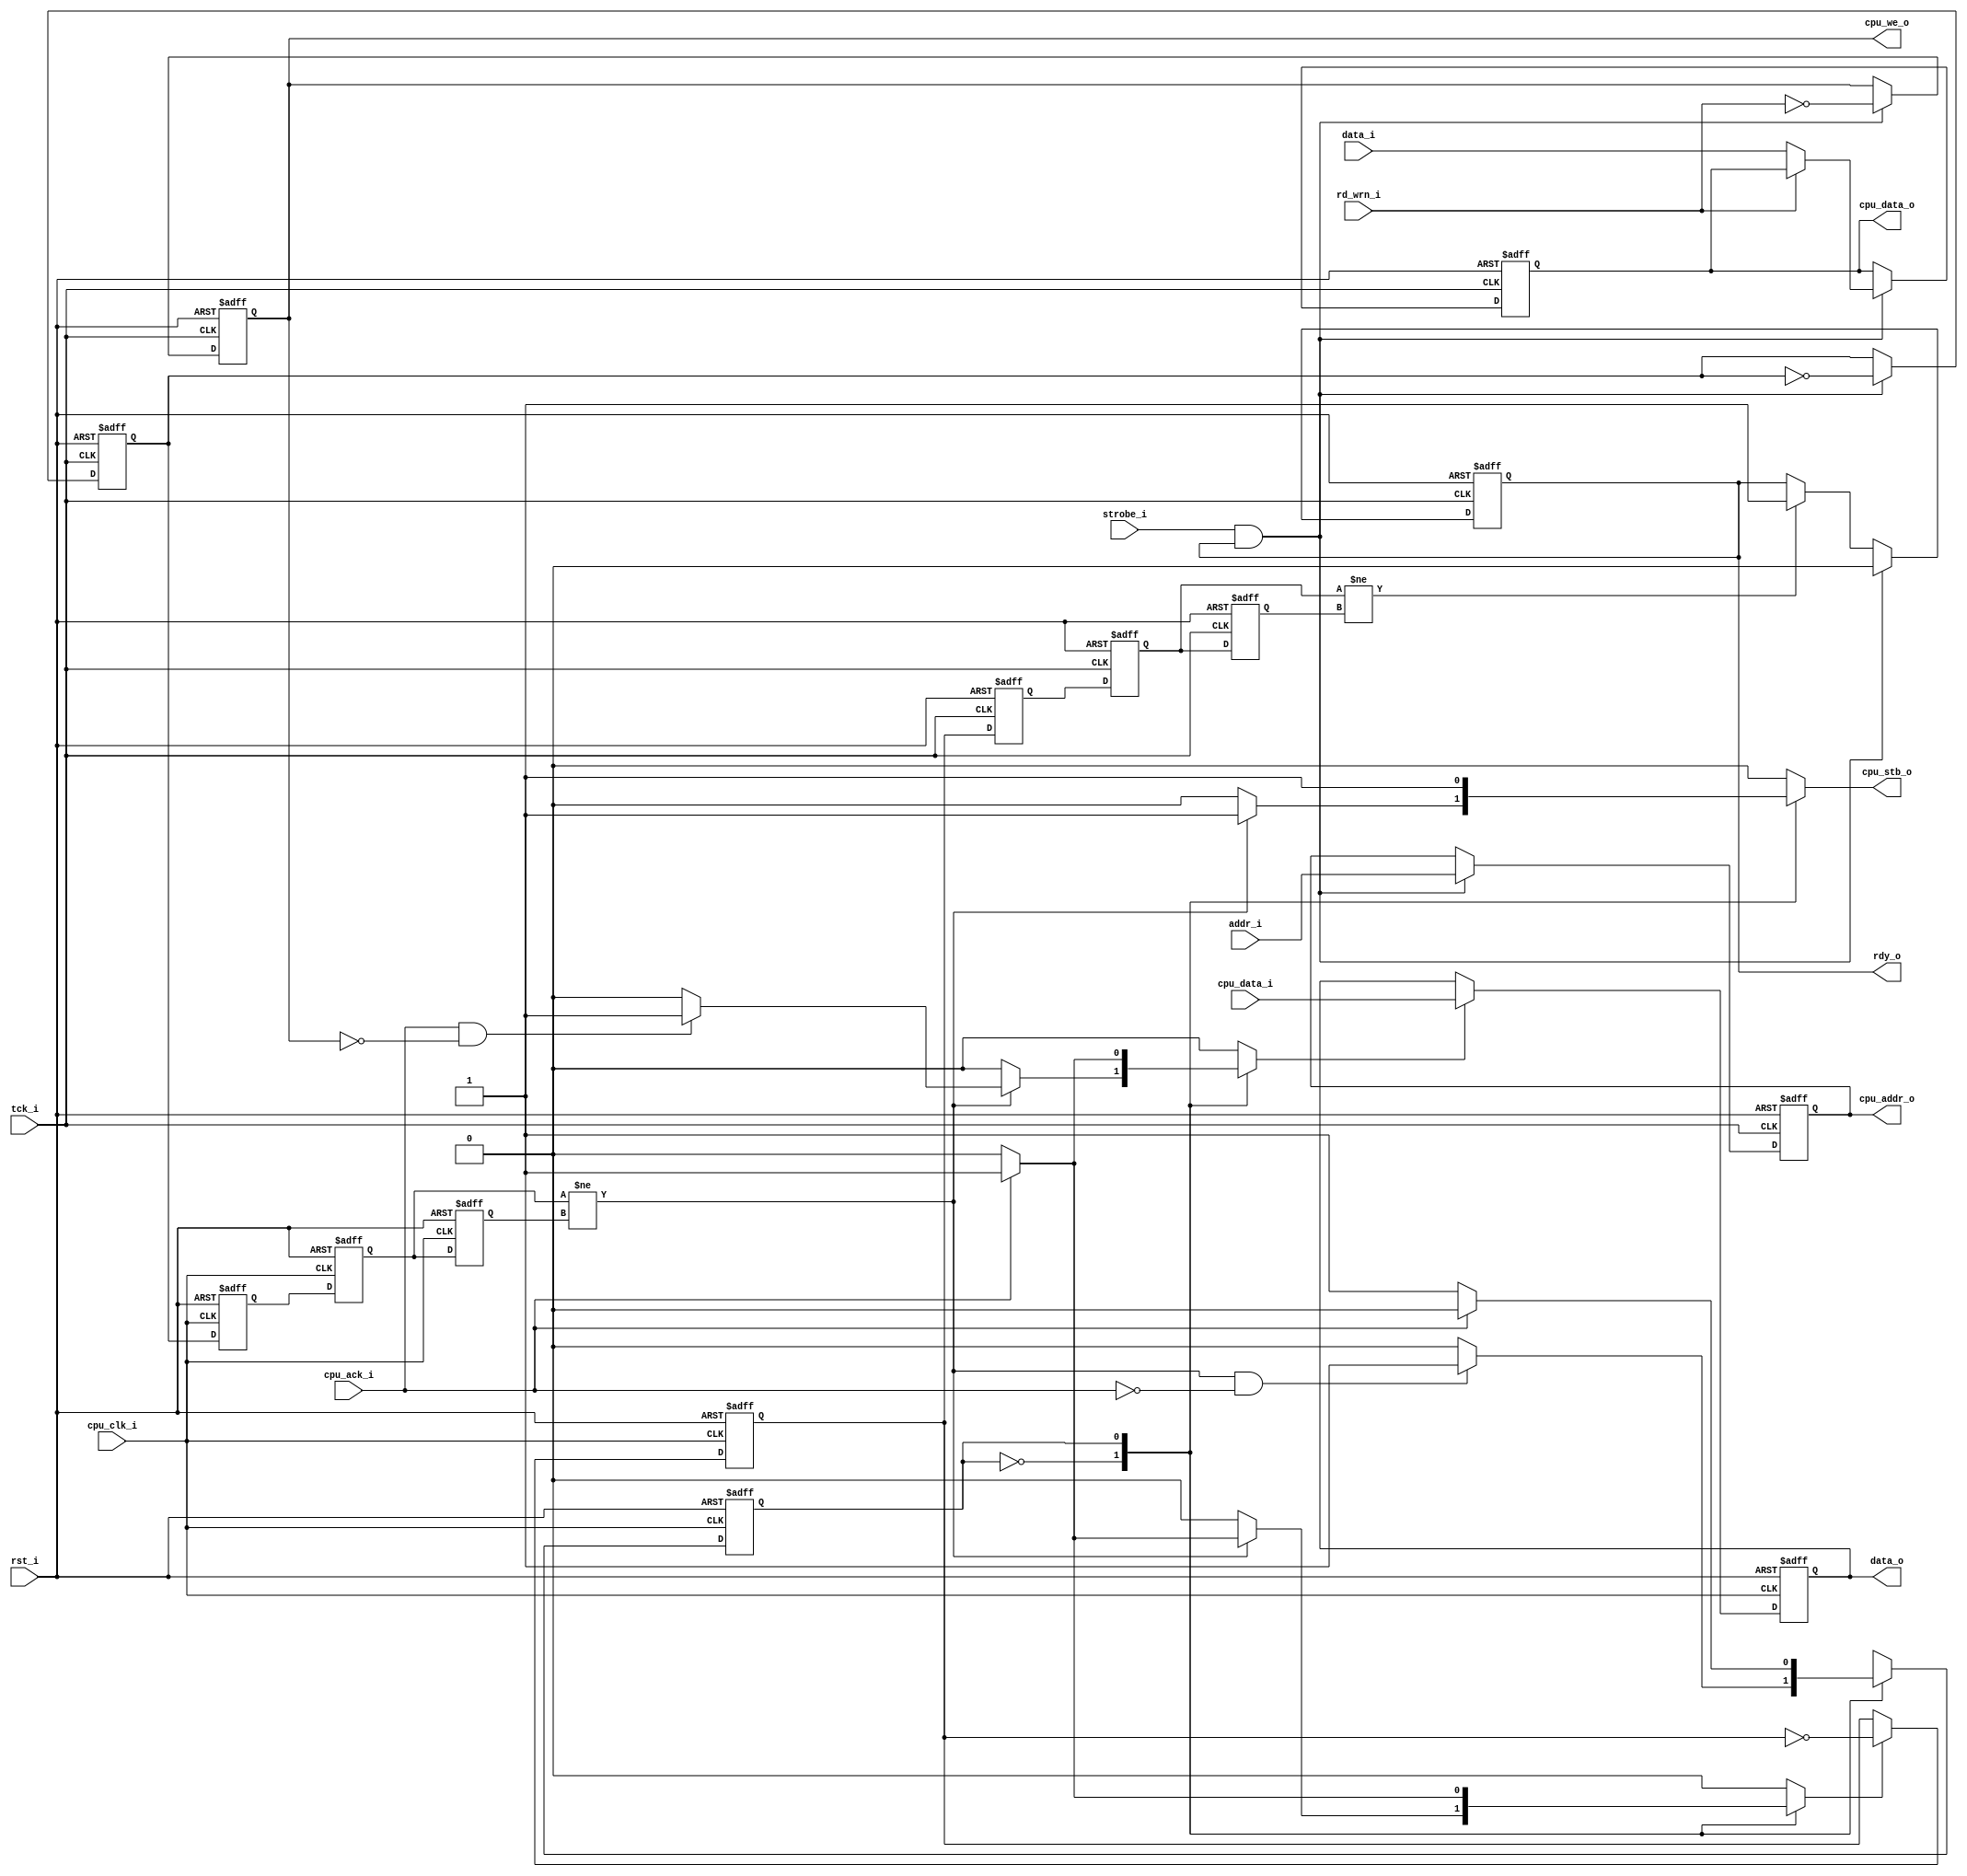
//////////////////////////////////////////////////////////////////////
////                                                              ////
////  adbg_or1k_biu.v                                             ////
////                                                              ////
////                                                              ////
////  This file is part of the SoC Advanced Debug Interface.      ////
////                                                              ////
////  Author(s):                                                  ////
////       Nathan Yawn (nathan.yawn@opencores.org)                ////
////                                                              ////
////                                                              ////
////                                                              ////
//////////////////////////////////////////////////////////////////////
////                                                              ////
//// Copyright (C) 2008 - 2010       Authors                      ////
////                                                              ////
//// This source file may be used and distributed without         ////
//// restriction provided that this copyright statement is not    ////
//// removed from the file and that any derivative work contains  ////
//// the original copyright notice and the associated disclaimer. ////
////                                                              ////
//// This source file is free software; you can redistribute it   ////
//// and/or modify it under the terms of the GNU Lesser General   ////
//// Public License as published by the Free Software Foundation; ////
//// either version 2.1 of the License, or (at your option) any   ////
//// later version.                                               ////
////                                                              ////
//// This source is distributed in the hope that it will be       ////
//// useful, but WITHOUT ANY WARRANTY; without even the implied   ////
//// warranty of MERCHANTABILITY or FITNESS FOR A PARTICULAR      ////
//// PURPOSE.  See the GNU Lesser General Public License for more ////
//// details.                                                     ////
////                                                              ////
//// You should have received a copy of the GNU Lesser General    ////
//// Public License along with this source; if not, download it   ////
//// from http://www.opencores.org/lgpl.shtml                     ////
////                                                              ////
//////////////////////////////////////////////////////////////////////
//
// CVS Revision History
//
// $Log: adbg_or1k_biu.v,v $
// Revision 1.3  2010-01-10 22:54:10  Nathan
// Update copyright dates
//
// Revision 1.2  2009/05/17 20:54:56  Nathan
// Changed email address to opencores.org
//
// Revision 1.1  2008/07/22 20:28:30  Nathan
// Changed names of all files and modules (prefixed an a, for advanced).  Cleanup, indenting.  No functional changes.
//
// Revision 1.5  2008/07/08 19:04:03  Nathan
// Many small changes to eliminate compiler warnings, no functional 
// changes.  System will now pass SRAM and CPU self-tests on Altera 
// FPGA using altera_virtual_jtag TAP.
//



module adbg_or1k_biu
  (
   // Debug interface signals
   tck_i,
   rst_i,
   data_i,
   data_o,
   addr_i,
   strobe_i,
   rd_wrn_i,           // If 0, then write op
   rdy_o,

   // OR1K SPR bus signals
   cpu_clk_i,
   cpu_addr_o,
   cpu_data_i,
   cpu_data_o,
   cpu_stb_o,
   cpu_we_o,
   cpu_ack_i
   );

   // Debug interface signals
   input tck_i;
   input rst_i;
   input [31:0] data_i;  // Assume short words are in UPPER order bits!
   output [31:0] data_o;
   input [31:0]  addr_i;
   input 	 strobe_i;
   input 	 rd_wrn_i;
   output 	 rdy_o;


   // OR1K SPR bus signals
   input 	 cpu_clk_i;
   output [31:0] cpu_addr_o;
   input [31:0]  cpu_data_i;
   output [31:0] cpu_data_o;
   output 	 cpu_stb_o;
   output 	 cpu_we_o;
   input 	 cpu_ack_i;

   reg 		 rdy_o;
   reg 		 cpu_stb_o;


   // Registers
   reg [31:0] 	 addr_reg;
   reg [31:0] 	 data_in_reg;  // dbg->WB
   reg [31:0] 	 data_out_reg;  // WB->dbg
   reg 		 wr_reg;
   reg 		 str_sync;  // This is 'active-toggle' rather than -high or -low.
   reg 		 rdy_sync;  // ditto, active-toggle


   // Sync registers.  TFF indicates TCK domain, WBFF indicates cpu_clk domain
   reg 		 rdy_sync_tff1;
   reg 		 rdy_sync_tff2;
   reg 		 rdy_sync_tff2q;  // used to detect toggles
   reg 		 str_sync_wbff1;
   reg 		 str_sync_wbff2;
   reg 		 str_sync_wbff2q;  // used to detect toggles


   // Control Signals
   reg 		 data_o_en;    // latch wb_data_i
   reg 		 rdy_sync_en;  // toggle the rdy_sync signal, indicate ready to TCK domain


   // Internal signals
   wire 	 start_toggle;  // CPU domain, indicates a toggle on the start strobe


   //////////////////////////////////////////////////////
   // TCK clock domain
   // There is no FSM here, just signal latching and clock
   // domain synchronization


   // Latch input data on 'start' strobe, if ready.
   always @ (posedge tck_i or posedge rst_i)
     begin
	if(rst_i) begin
	   addr_reg <= 32'h0;
	   data_in_reg <= 32'h0;
	   wr_reg <= 1'b0;
	end
	else
	  if(strobe_i && rdy_o) begin
	     addr_reg <= addr_i;
	     if(!rd_wrn_i) data_in_reg <= data_i;
	     wr_reg <= ~rd_wrn_i;
	  end 
     end

   // Create toggle-active strobe signal for clock sync.  This will start a transaction
   // to the CPU once the toggle propagates to the FSM in the cpu_clk domain.
   always @ (posedge tck_i or posedge rst_i)
     begin
	if(rst_i) str_sync <= 1'b0;
	else if(strobe_i && rdy_o) str_sync <= ~str_sync;
     end 

   // Create rdy_o output.  Set on reset, clear on strobe (if set), set on input toggle
   always @ (posedge tck_i or posedge rst_i)
     begin
	if(rst_i) begin
           rdy_sync_tff1 <= 1'b0;
           rdy_sync_tff2 <= 1'b0;
           rdy_sync_tff2q <= 1'b0;
           rdy_o <= 1'b1; 
	end
	else begin  
	   rdy_sync_tff1 <= rdy_sync;       // Synchronize the ready signal across clock domains
	   rdy_sync_tff2 <= rdy_sync_tff1;
	   rdy_sync_tff2q <= rdy_sync_tff2;  // used to detect toggles

	   if(strobe_i && rdy_o) rdy_o <= 1'b0;
	   else if(rdy_sync_tff2 != rdy_sync_tff2q) rdy_o <= 1'b1;
	end

     end 

   //////////////////////////////////////////////////////////
   // Direct assignments, unsynchronized

   assign cpu_data_o = data_in_reg;
   assign cpu_we_o = wr_reg;
   assign cpu_addr_o = addr_reg;

   assign data_o = data_out_reg;


   ///////////////////////////////////////////////////////
   // Wishbone clock domain

  // synchronize the start strobe
  always @ (posedge cpu_clk_i or posedge rst_i)
	  begin
	     if(rst_i) begin
		str_sync_wbff1 <= 1'b0;
		str_sync_wbff2 <= 1'b0;
		str_sync_wbff2q <= 1'b0;      
	     end
	     else begin
		str_sync_wbff1 <= str_sync;
		str_sync_wbff2 <= str_sync_wbff1;
		str_sync_wbff2q <= str_sync_wbff2;  // used to detect toggles
	     end
	  end

   assign start_toggle = (str_sync_wbff2 != str_sync_wbff2q);


   // CPU->dbg data register
   always @ (posedge cpu_clk_i or posedge rst_i)
     begin
	if(rst_i) data_out_reg <= 32'h0;
	else if(data_o_en) data_out_reg <= cpu_data_i;
     end

   // Create a toggle-active ready signal to send to the TCK domain
   always @ (posedge cpu_clk_i or posedge rst_i)
     begin
	if(rst_i) rdy_sync <= 1'b0;
	else if(rdy_sync_en) rdy_sync <= ~rdy_sync;
     end 

   /////////////////////////////////////////////////////
   // Small state machine to create OR1K SPR bus accesses
   // Not much more that an 'in_progress' bit, but easier
   // to read.  Deals with single-cycle and multi-cycle
   // accesses.

   reg cpu_fsm_state;
   reg next_fsm_state;

`define STATE_IDLE     1'h0
`define STATE_TRANSFER 1'h1

   // Sequential bit
   always @ (posedge cpu_clk_i or posedge rst_i)
     begin
	if(rst_i) cpu_fsm_state <= `STATE_IDLE;
	else cpu_fsm_state <= next_fsm_state; 
     end

   // Determination of next state (combinatorial)
   always @ (cpu_fsm_state or start_toggle or cpu_ack_i)
     begin
	case (cpu_fsm_state)
          `STATE_IDLE:
            begin
               if(start_toggle && !cpu_ack_i) next_fsm_state <= `STATE_TRANSFER;  // Don't go to next state for 1-cycle transfer
               else next_fsm_state <= `STATE_IDLE;
            end
          `STATE_TRANSFER:
            begin
               if(cpu_ack_i) next_fsm_state <= `STATE_IDLE;
               else next_fsm_state <= `STATE_TRANSFER;
            end
	endcase
     end

   // Outputs of state machine (combinatorial)
   always @ (cpu_fsm_state or start_toggle or cpu_ack_i or wr_reg)
     begin
	rdy_sync_en <= 1'b0;
	data_o_en <= 1'b0;
	cpu_stb_o <= 1'b0;
	
	case (cpu_fsm_state)
          `STATE_IDLE:
            begin
               if(start_toggle) begin
		  cpu_stb_o <= 1'b1;
		  if(cpu_ack_i) begin
                     rdy_sync_en <= 1'b1;
		  end
		  
		  if (cpu_ack_i && !wr_reg) begin  // latch read data
                     data_o_en <= 1'b1;
		  end
               end
            end

          `STATE_TRANSFER:
            begin
               cpu_stb_o <= 1'b1;  // OR1K behavioral model needs this.  OR1200 should be indifferent.
               if(cpu_ack_i) begin
                  data_o_en <= 1'b1;
                  rdy_sync_en <= 1'b1;
               end
            end
	endcase

     end

endmodule